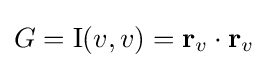
G=\mathrm {I} (v,v)=\mathbf {r} _{v}\cdot \mathbf {r} _{v}